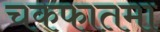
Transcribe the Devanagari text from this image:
चकफातमा